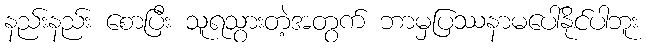
နည်းနည်း စောပြီး သူရသွားတဲ့အတွက် ဘာမှပြဿနာမပေါ်နိုင်ပါဘူး